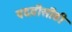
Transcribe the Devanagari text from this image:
पदवीसीठी